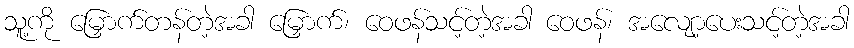
သူ့ကို မြှောက်တန်တဲ့အခါ မြှောက်၊ ဝေဖန်သင့်တဲ့အခါ ဝေဖန်၊ အလျော့ပေးသင့်တဲ့အခါ